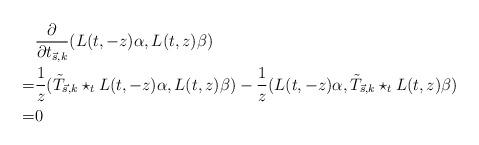
LaTeX: \begin{align*}&\frac{\partial}{\partial t_{\vec s,k}}(L(t,-z)\alpha, L(t,z)\beta)\\=&\frac{1}{z}(\tilde{T}_{\vec s,k}\star_t L(t,-z)\alpha, L(t,z)\beta)-\frac{1}{z}(L(t,-z)\alpha, \tilde{T}_{\vec s,k}\star_t L(t,z)\beta)\\=&0\end{align*}